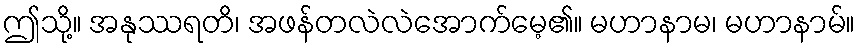
ဤသို့။ အနုဿရတိ၊ အဖန်တလဲလဲအောက်မေ့၏။ မဟာနာမ၊ မဟာနာမ်။